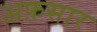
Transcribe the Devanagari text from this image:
अफ़सार